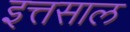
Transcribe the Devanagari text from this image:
इत्तसाल